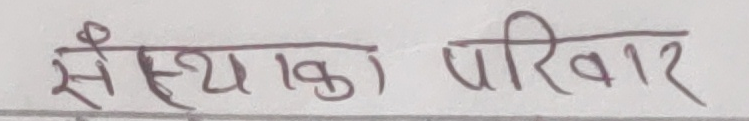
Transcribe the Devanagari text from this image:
संख्याका परिवार